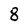
Character: 8